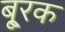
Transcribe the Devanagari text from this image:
बू्रक